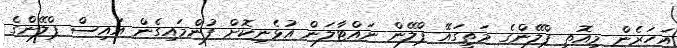
އަހަރެން މިއޮތީ ޕްލޭންގެ މަތީގައޭ ޕްލޭން ނައްޓާލަން އުޅެނިކޮށް ފުންމައިގެން އައިސް ޕްލޭންގެ